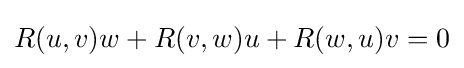
R(u,v)w+R(v,w)u+R(w,u)v=0